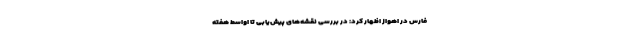
فارس در اهواز اظهار کرد: در بررسی نقشه‌های پیش‌یابی تا اواسط هفته